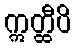
ဣတ္ထီပိ